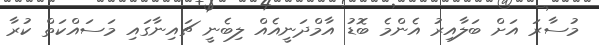
މުސާރަ އަށް ބަލާއިރު އެންމެ ބޮޑު އާމްދަނީއެއް ލިބެނީ ޗައިނާގައި މަސައްކަތް ކުރާ